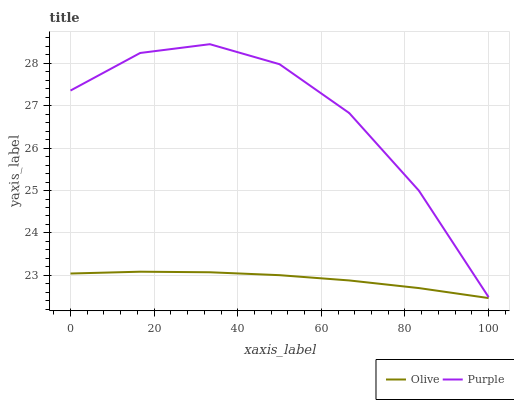
| xaxis_label | Olive | Purple |
 | --- | --- | --- |
 | 0 | 23 | 27.4 |
 | 16.7 | 23.1 | 28.2 |
 | 33.3 | 23.1 | 28.5 |
 | 50 | 23 | 28 |
 | 66.7 | 22.9 | 26.8 |
 | 83.3 | 22.7 | 25 |
 | 100 | 22.5 | 22.5 |